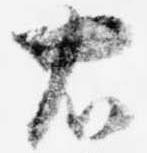
右